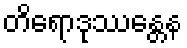
တိရောဒုဿန္တေန